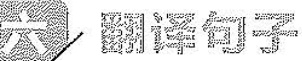
六 翻译句子